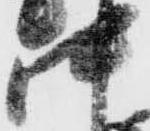
中